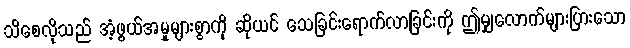
သိစေလိုသည် အံ့ဖွယ်အမှုများစွာကို ဆိုယင် သေခြင်းရောက်လာခြင်းကို ဤမျှလောက်များပြားသော